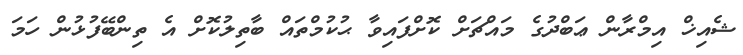
ޝެއިޚް އިމްރާން ޢަބްދުގެ މައްޗަށް ކޮށްފައިވާ ޙުކުމްތައް ބާތިލުކޮށް އެ ތިންބޭފުޅުން ހަމަ